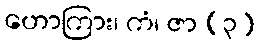
ဟောကြား၊ ကံ၊ ဇာ (၃)